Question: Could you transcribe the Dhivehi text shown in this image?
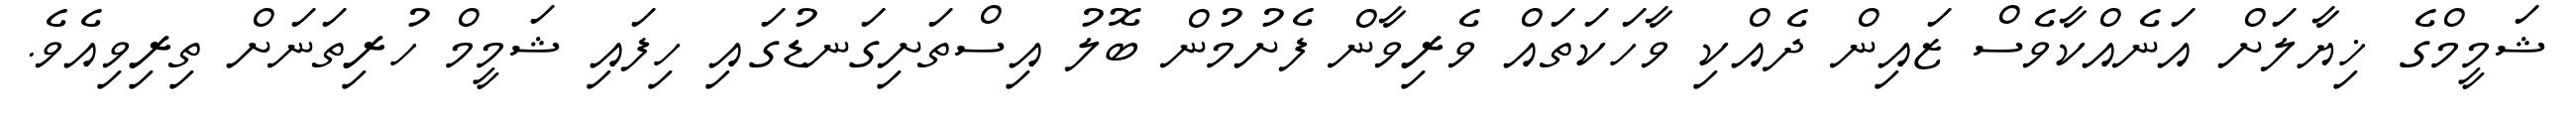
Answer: ޝަމީމްގެ ޚިޔާލަށް އަނެއްކާވެސް ޒައިން ދެއްކި ވާހަކަތައް ވެރިވާން ފެށުމުން ބޮލު އިސްތަށިގަނޑުގައި ހިފައި ޝަމީމް ހުރިތަނަށް ތިރިވިއެވެ.